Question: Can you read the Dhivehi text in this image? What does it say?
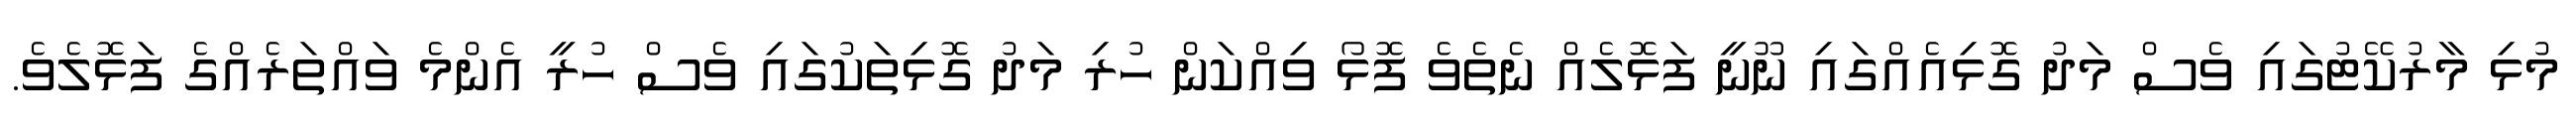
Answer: މުޅި މާރުކޭޓުގައި ވެސް މަދު ގޮޅިއެއްގައި ނޫނީ ފަޅޮލެއް ނެތެވެ ފޮޅޯ ވިއްކަން ހުރި މަދު ގޮޅިތަކުގައި ވެސް ހުރީ އެންމެ ވައްތަރެއްގެ ފަޅޮލެވެ.